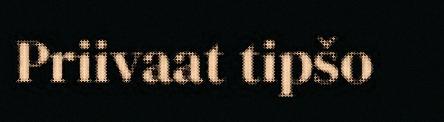
Priivaat tipšo